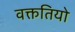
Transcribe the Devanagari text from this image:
वक्ततियो